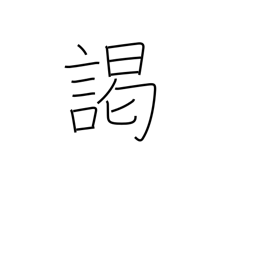
Meaning: audience